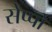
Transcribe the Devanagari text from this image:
सेप्पो